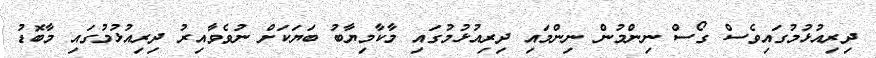
ދިރިއުޅުމުގައިވެސް ގޯސް ނިންމުން ނިންމައި ދިރިއުޅުމުގައި މާކާމިޔާބު ބަޔަކަށް ނުވެވާއިރު ދިރިއުޅުމުގައި މާބޮޑު